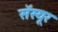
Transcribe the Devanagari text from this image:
सॅस्यूर